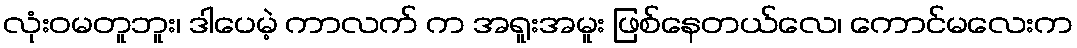
လုံးဝမတူဘူး၊ ဒါပေမဲ့ ကာလက် က အရူးအမူး ဖြစ်နေတယ်လေ၊ ကောင်မလေးက